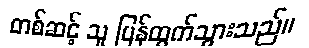
တစ်ဆင့် သူ ပြန်ထွက်သွားသည်။